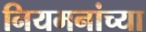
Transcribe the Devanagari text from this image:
नियमनांच्या